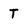
Character: T